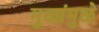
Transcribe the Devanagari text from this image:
मुळांमुळे